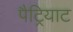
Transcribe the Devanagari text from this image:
पैट्रियाट